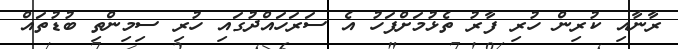
ރާނާއި ކުރިން ހުރި ފާރު ތެޅުމަށްފަހު އެ ސަރަހައްދުގައި ހުރި ސިމިންތި ބުޑުތައް